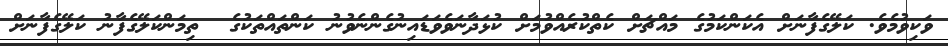
ވަކިވުމެވެ. ކަލޭގެފާނަށް އެކަންކަމުގެ މައްޗަށް ކެތްކުރެއްވުމަށް ކުޅަދާނަވެވަޑައިނުގެންނެވުނު ކަންތައްތަކުގެ  ތިމަންކަލޭގެފާނު ކަލޭގެފާނަށް